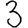
Digit: 3